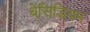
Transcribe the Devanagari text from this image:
बेसिडियम